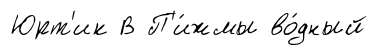
Юрт'ик В П'и́жмы во́дный